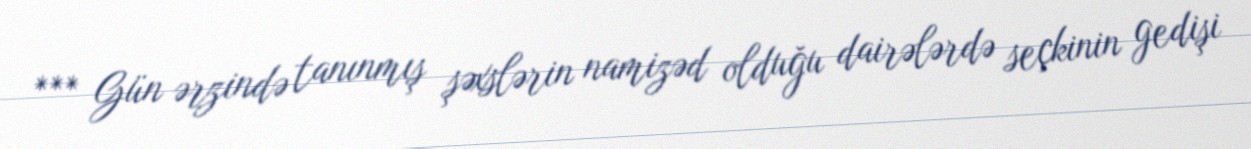
*** Gün ərzində tanınmış şəxslərin namizəd olduğu dairələrdə seçkinin gedişi